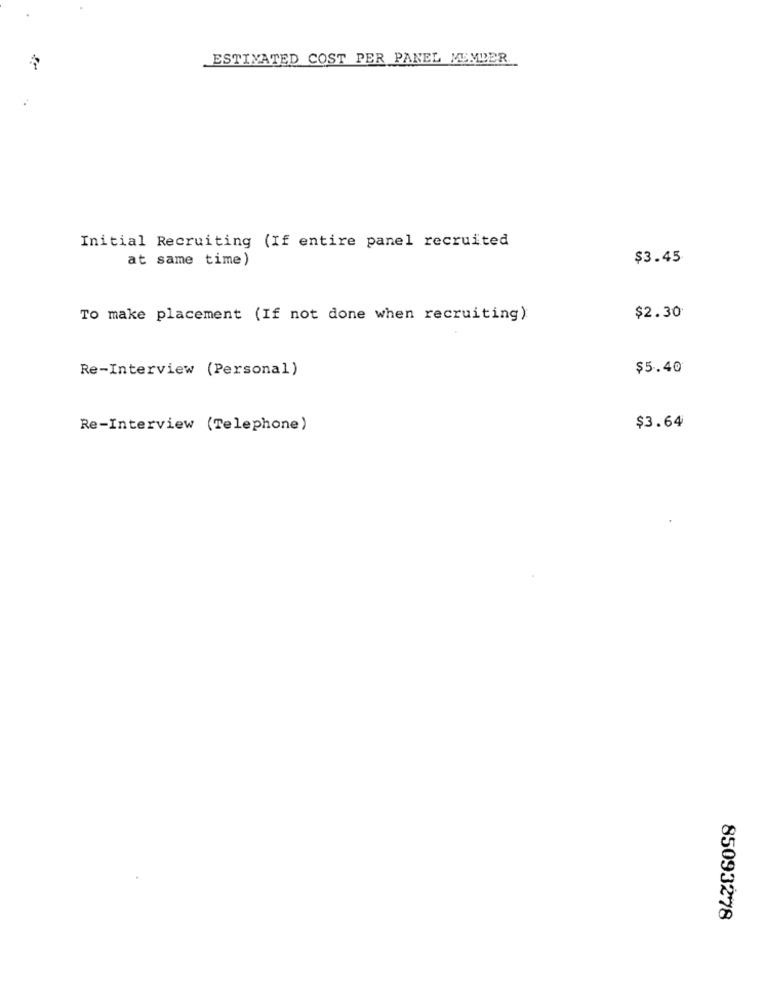
ESTIMATED COST PER PANEL MEMBER
Initial Recruiting (If entire panel recruited
at same time)
$3.45
To make placement (If not done when recruiting)
$2.30
Re-Interview (Personal)
$5.40
Re-Interview (Telephone)
$3.64
85093278